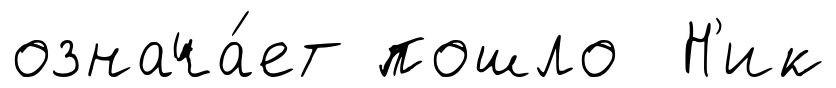
означа́ет пошло Н'ик